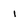
Character: 1